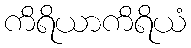
ကိရိယာကိရိယံ